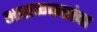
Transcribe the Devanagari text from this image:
भवाळकरांचा